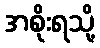
အစိုးရသို့